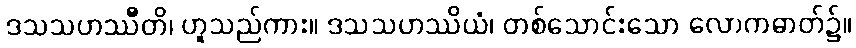
ဒသသဟဿီတိ၊ ဟူသည်ကား။ ဒသသဟဿိယံ၊ တစ်သောင်းသော လောကဓာတ်၌။